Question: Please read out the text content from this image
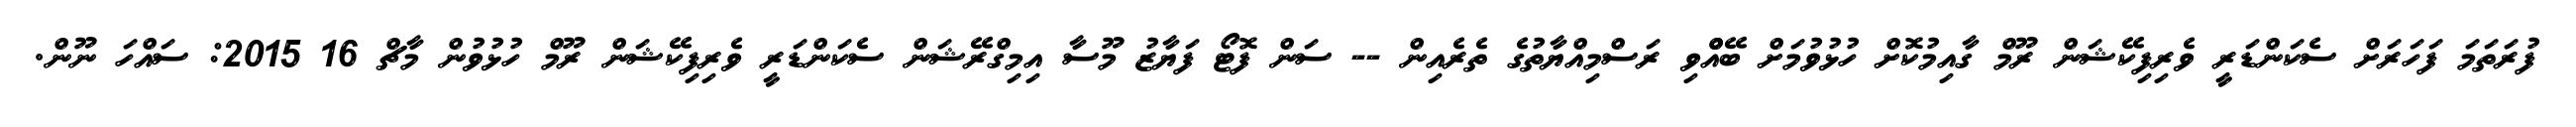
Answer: ފުރަތަމަ ފަހަރަށް ސެކަންޑަރީ ވެރިފިކޭޝަން ރޫމް ގާއިމުކޮށް ހުޅުވުމަށް ބޭއްްވި ރަސްމިއްޔާތުގެ ތެރެއިން -- ސަން ފޮޓޯ ފަޔާޒު މޫސާ އިމިގްރޭޝަން ސެކަންޑަރީ ވެރިފިކޭޝަން ރޫމް ހުޅުވުން މާޗް 16 2015: ސައްހަ ނޫން.